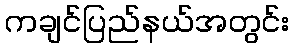
ကချင်ပြည်နယ်အတွင်း